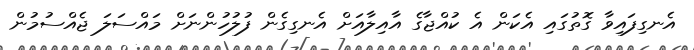
އެނގިފައިވާ ގޮތުގައި އެކަން އެ ކުއްޖާގެ އާއިލާއަށް އެނގިގެން ފުލުހުންނަށް މައްސަލަ ޖެއްސުމުން